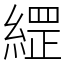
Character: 䌉